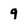
Character: 9